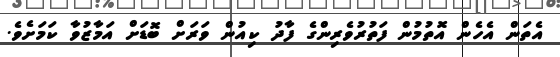
އެތަން އެހެން އޮތުމުން ފަތުރުވެރިންގެ ފާދު ކިއުން ވަރަށް ބޮޑަށް އަމާޒުވާ ކަމަށެވެ.